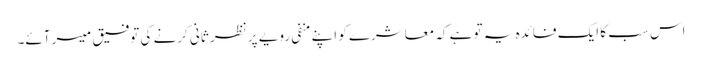
اس سب کا ایک فائدہ یہ تو ہے کہ معاشرے کو اپنے منفی رویے پر نظر ثانی کرنے کی توفیق میسر آئے۔